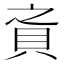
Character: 𰶸